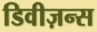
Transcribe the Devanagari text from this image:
डिवीज़न्स